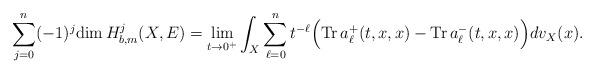
LaTeX: \begin{align*} \sum^n_{j=0}(-1)^j\mathrm{dim\,}H^j_{b,m}(X,E)=\lim_{t\rightarrow0^+}\int_X\sum^n_{\ell=0}t^{-\ell}\Bigr(\mathrm{Tr\,}a^+_\ell(t,x,x)-\mathrm{Tr\,}a^-_\ell(t,x,x)\Bigr)dv_X(x).\end{align*}